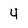
Character: 4